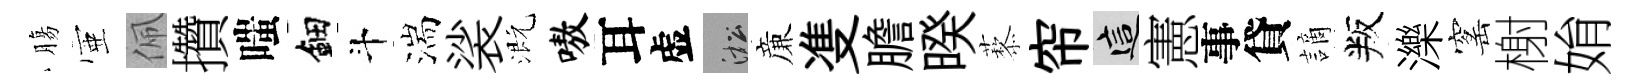
膓壺佩攢嗤鈿斗湍裟溉嗷耳虚淞亷㕠膽暌藜帘這憲事貸謫叛濼窰榭姢